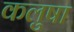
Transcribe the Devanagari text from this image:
कलुषा